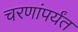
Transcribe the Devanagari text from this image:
चरणांपर्यंत